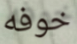
خوفه